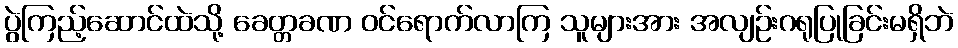
ပွဲကြည့်ဆောင်ထဲသို့ ခေတ္တခဏ ဝင်ရောက်လာကြ သူများအား အလျဉ်းဂရုပြုခြင်းမရှိဘဲ